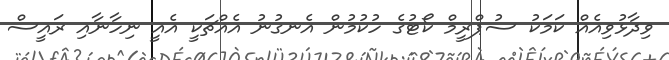
ވިދާޅުވިއެއް ކަމަކު ސުޕްރީމް ކޯޓުގެ ހުކުމުން އެނގުނު އެއްޗަކީ އެއީ ނިހާނާއި ރައީސް